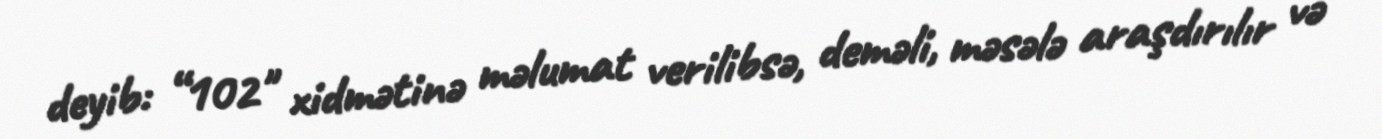
deyib: “102" xidmətinə məlumat verilibsə, deməli, məsələ araşdırılır və